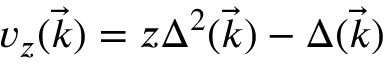
v _ { z } ( \vec { k } ) = z \Delta ^ { 2 } ( \vec { k } ) - \Delta ( \vec { k } )